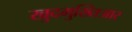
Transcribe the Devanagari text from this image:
खुदमुख्तिआर